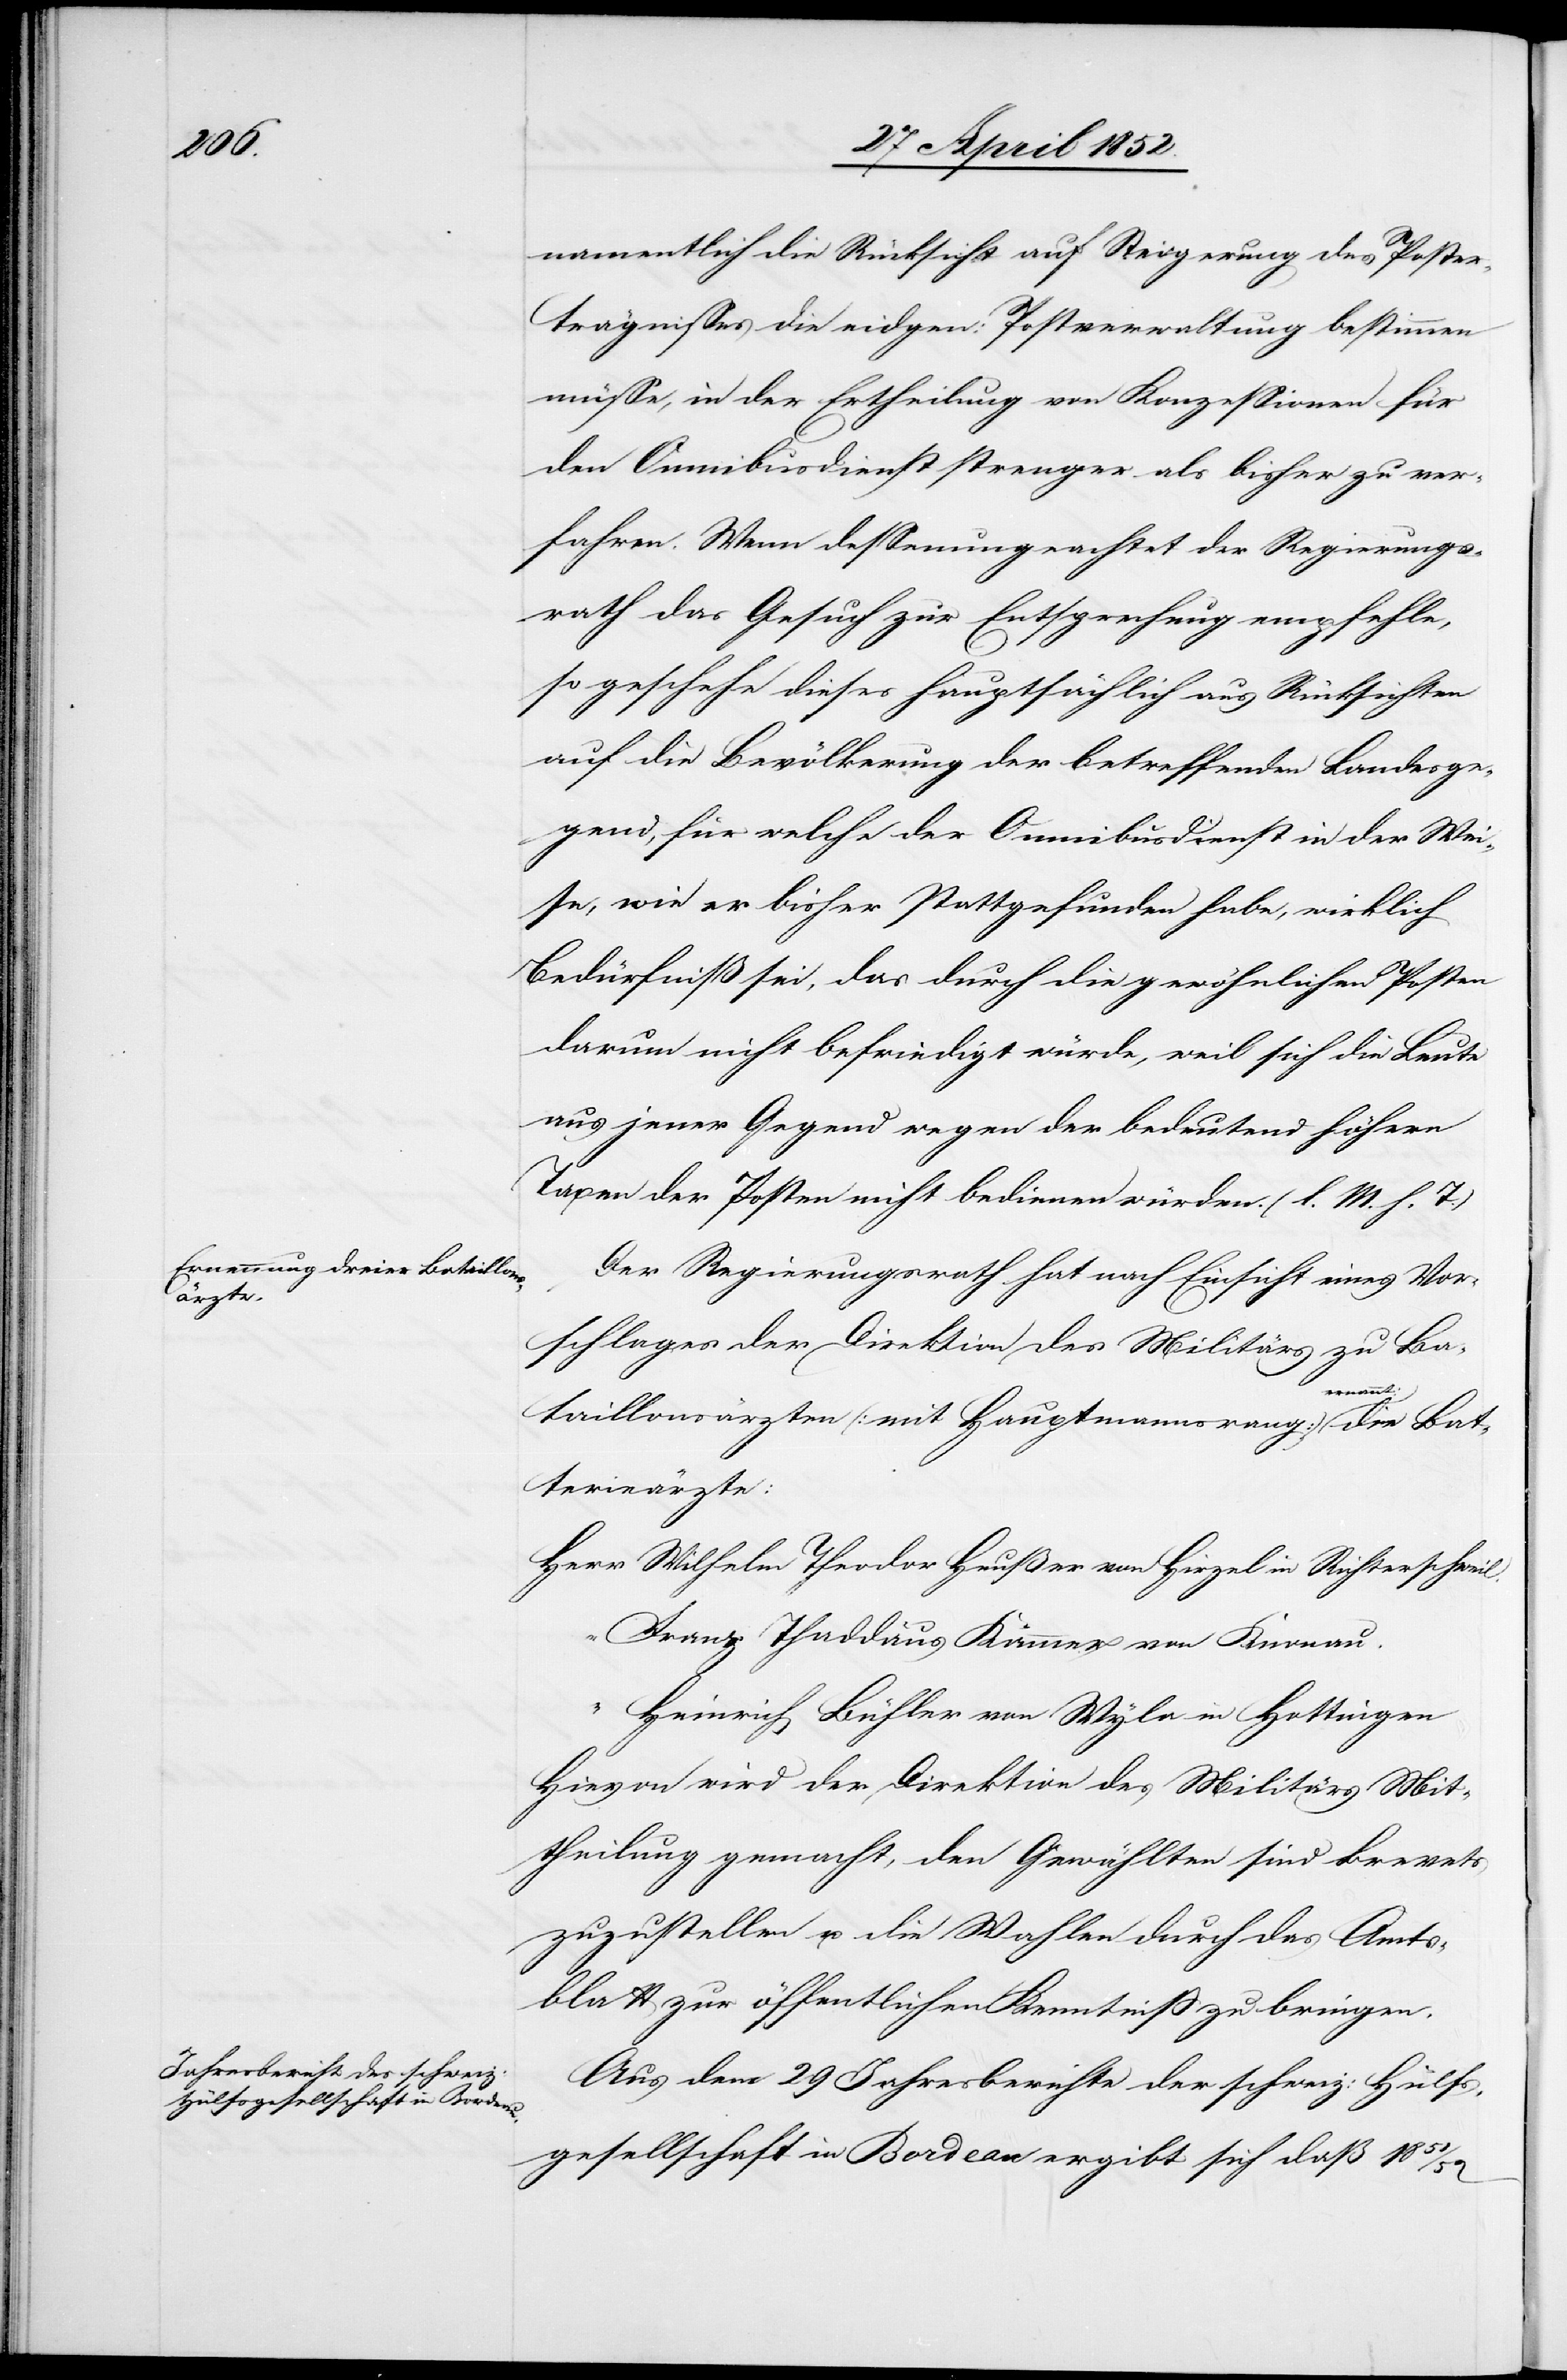
namentlich die Rücksicht auf Steigerung des Poster¬
trägnisses die eidgen: Postverwaltung bestimmen
müsse, in der Ertheilung von Konzessionen für
den Omnibusdienst strenger als bisher zu ver¬
fahren. Wenn dessenungeachtet der Regierungs¬
rath das Gesuch zur Entsprechung empfehle,
so geschehe dieses hauptsächlich aus Rücksichten
auf die Bevölkerung der betreffenden Landesge¬
gend, für welche der Omnibusdienst in der Wei¬
se, wie er bisher stattgefunden habe, wirklich
Bedürfniß sei, das durch die gewöhnlichen Posten
darum nicht befriedigt würde, weil sich die Leute
aus jener Gegend wegen der bedeutend höhern
Taxen der Posten nicht bedienen würden. (l. M. h. T.)
Der Regierungsrath hat nach Einsicht eines Vor¬
schlages der Direktion des Militärs zu Ba¬
taillonsärzten (mit Hauptmannsrang) ernannt: die Bat¬
terieärzte:
Herr Wilhelm Theodor Heußer von Hirzel in Richterschweil.
“ Franz Thaddäus Kämmer von Knonau.
Heinrich Bühler von Wyla in Hottingen
Hievon wird der Direktion des Militärs Mit¬
theilung gemacht, den Gewählten sind Brevets
zuzustellen u. die Wahlen durch das Amts¬
blatt zur öffentlichen Kenntniss zu bringen.
Aus dem 29 Jahresberichte der schweiz: Hülfs¬
gesellschaft in Bordeau[x] ergibt sich daß 1851/52